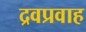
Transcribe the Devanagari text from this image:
द्रवप्रवाह